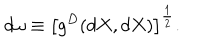
LaTeX: d \omega \equiv \left[ g ^ { D } ( d X , d X ) \right] ^ { \frac { 1 } { 2 } } .